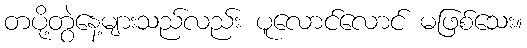
တပို့တွဲနေ့များသည်လည်း ပူလောင်လောင် မဖြစ်သေး။